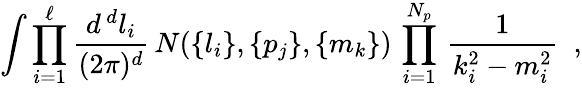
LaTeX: \int\prod_{i=1}^{\ell}{\frac{d^{\, d}l_{i}}{(2\pi)^{d}}}\, N(\{ l_{i}\} ,\{ p_{j}\} ,\{ m_{k}\} )\, \prod_{i=1}^{N_{p}}\, {\frac{1}{k_{i}^{2}-m_{i}^{2}}}\; \; ,